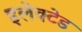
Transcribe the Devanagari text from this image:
इलेक्टेड